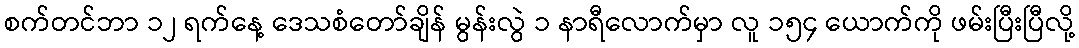
စက်တင်ဘာ ၁၂ ရက်နေ့ ဒေသစံတော်ချိန် မွန်းလွဲ ၁ နာရီလောက်မှာ လူ ၁၅၄ ယောက်ကို ဖမ်းပြီးပြီလို့